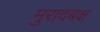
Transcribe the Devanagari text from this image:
मुरादबक्ष